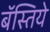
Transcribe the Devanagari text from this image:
बॅस्तिये